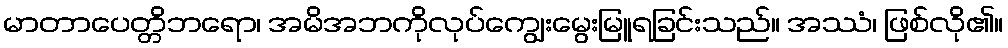
မာတာပေတ္တိဘရော၊ အမိအဘကိုလုပ်ကျွေးမွေးမြူရခြင်းသည်။ အဿံ၊ ဖြစ်လို၏။